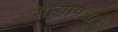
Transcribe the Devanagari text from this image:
सैन्यापेक्षा